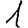
Digit: 1